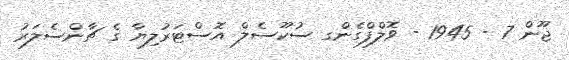
ޖޫން 7 - 1945 - ވޮލްފްގެންގ ސުކޫސެލް އޮސްޓަރުލިޔާ ގެ ޗާންސެލަރު